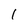
Character: I